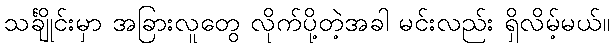
သင်္ချိုင်းမှာ အခြားလူတွေ လိုက်ပို့တဲ့အခါ မင်းလည်း ရှိလိမ့်မယ်။